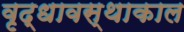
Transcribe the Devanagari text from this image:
वृद्धावस्थाकाल